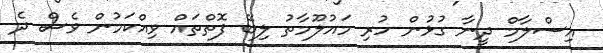
އިސްލާމް ދީނާ ގުޅުން ހުރި މައުލޫމާތު ލިބޭ ފޮތްތައް ވިއްކަމުން ވެސް ދެ